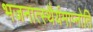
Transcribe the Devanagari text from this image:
भजनात्स्थैर्यमाप्नोति